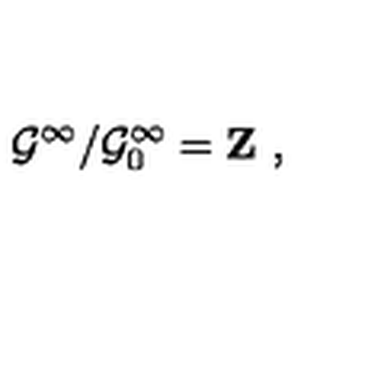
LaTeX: { \cal G } ^ { \infty } / { \cal G } _ { 0 } ^ { \infty } = { \bf Z \ , }